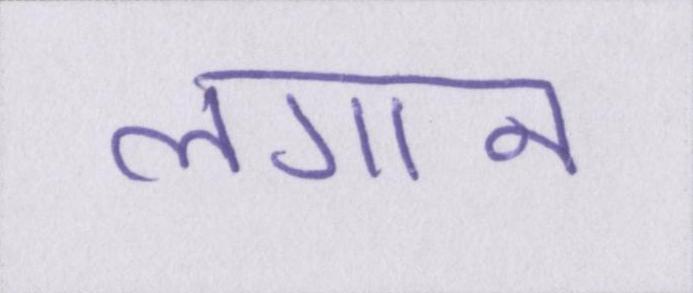
लगान